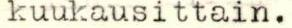
kuukausittain.